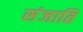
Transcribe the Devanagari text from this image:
संजाति